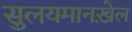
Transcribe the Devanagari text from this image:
सुलयमानख़ेल